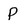
Character: P